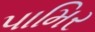
પામિર